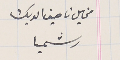
مخايل ناصيف الديك رشميا